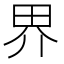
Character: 界